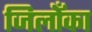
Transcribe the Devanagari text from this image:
जिलोँका